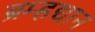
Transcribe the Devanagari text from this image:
ब्रम्हद्यान